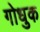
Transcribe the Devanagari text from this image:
गोधुक